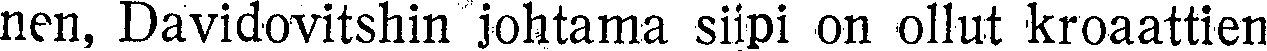
nen, Davidovitshin johtama siipi on ollut kroaattien